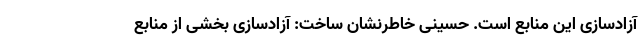
آزادسازی این منابع است. حسینی خاطرنشان ساخت: آزادسازی بخشی از منابع